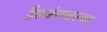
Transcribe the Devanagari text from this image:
तैलरंगातल्या